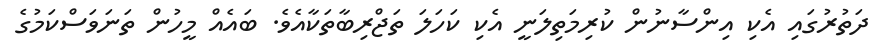
ދަތުރުގައި އެކި އިންސާނުން ކުރިމަތިލަނީ އެކި ކަހަލަ ތަޖްރިބާތަކާއެވެ. ބައެއް މީހުން ތަނަވަސްކަމުގެ